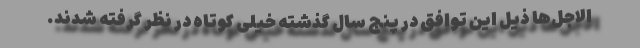
الاجل‌ها ذیل این توافق در پنج سال گذشته خیلی کوتاه در نظر گرفته شدند.